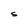
Character: S